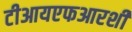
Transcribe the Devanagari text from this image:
टीआयएफआरशी